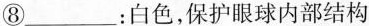
⑧___：白色，保护眼球内部结构